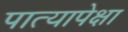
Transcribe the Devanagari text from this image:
पात्यापेक्षा